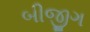
બીજીગ